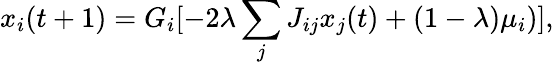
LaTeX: x_{i}(t+1)=G_{i}[-2\lambda\sum_{j}J_{ij}x_{j}(t)+(1-\lambda)\mu_{i})],